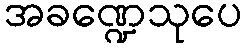
အခဏ္ဍေသုပေ